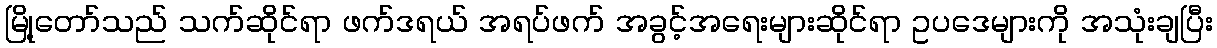
မြို့တော်သည် သက်ဆိုင်ရာ ဖက်ဒရယ် အရပ်ဖက် အခွင့်အရေးများဆိုင်ရာ ဥပဒေများကို အသုံးချပြီး